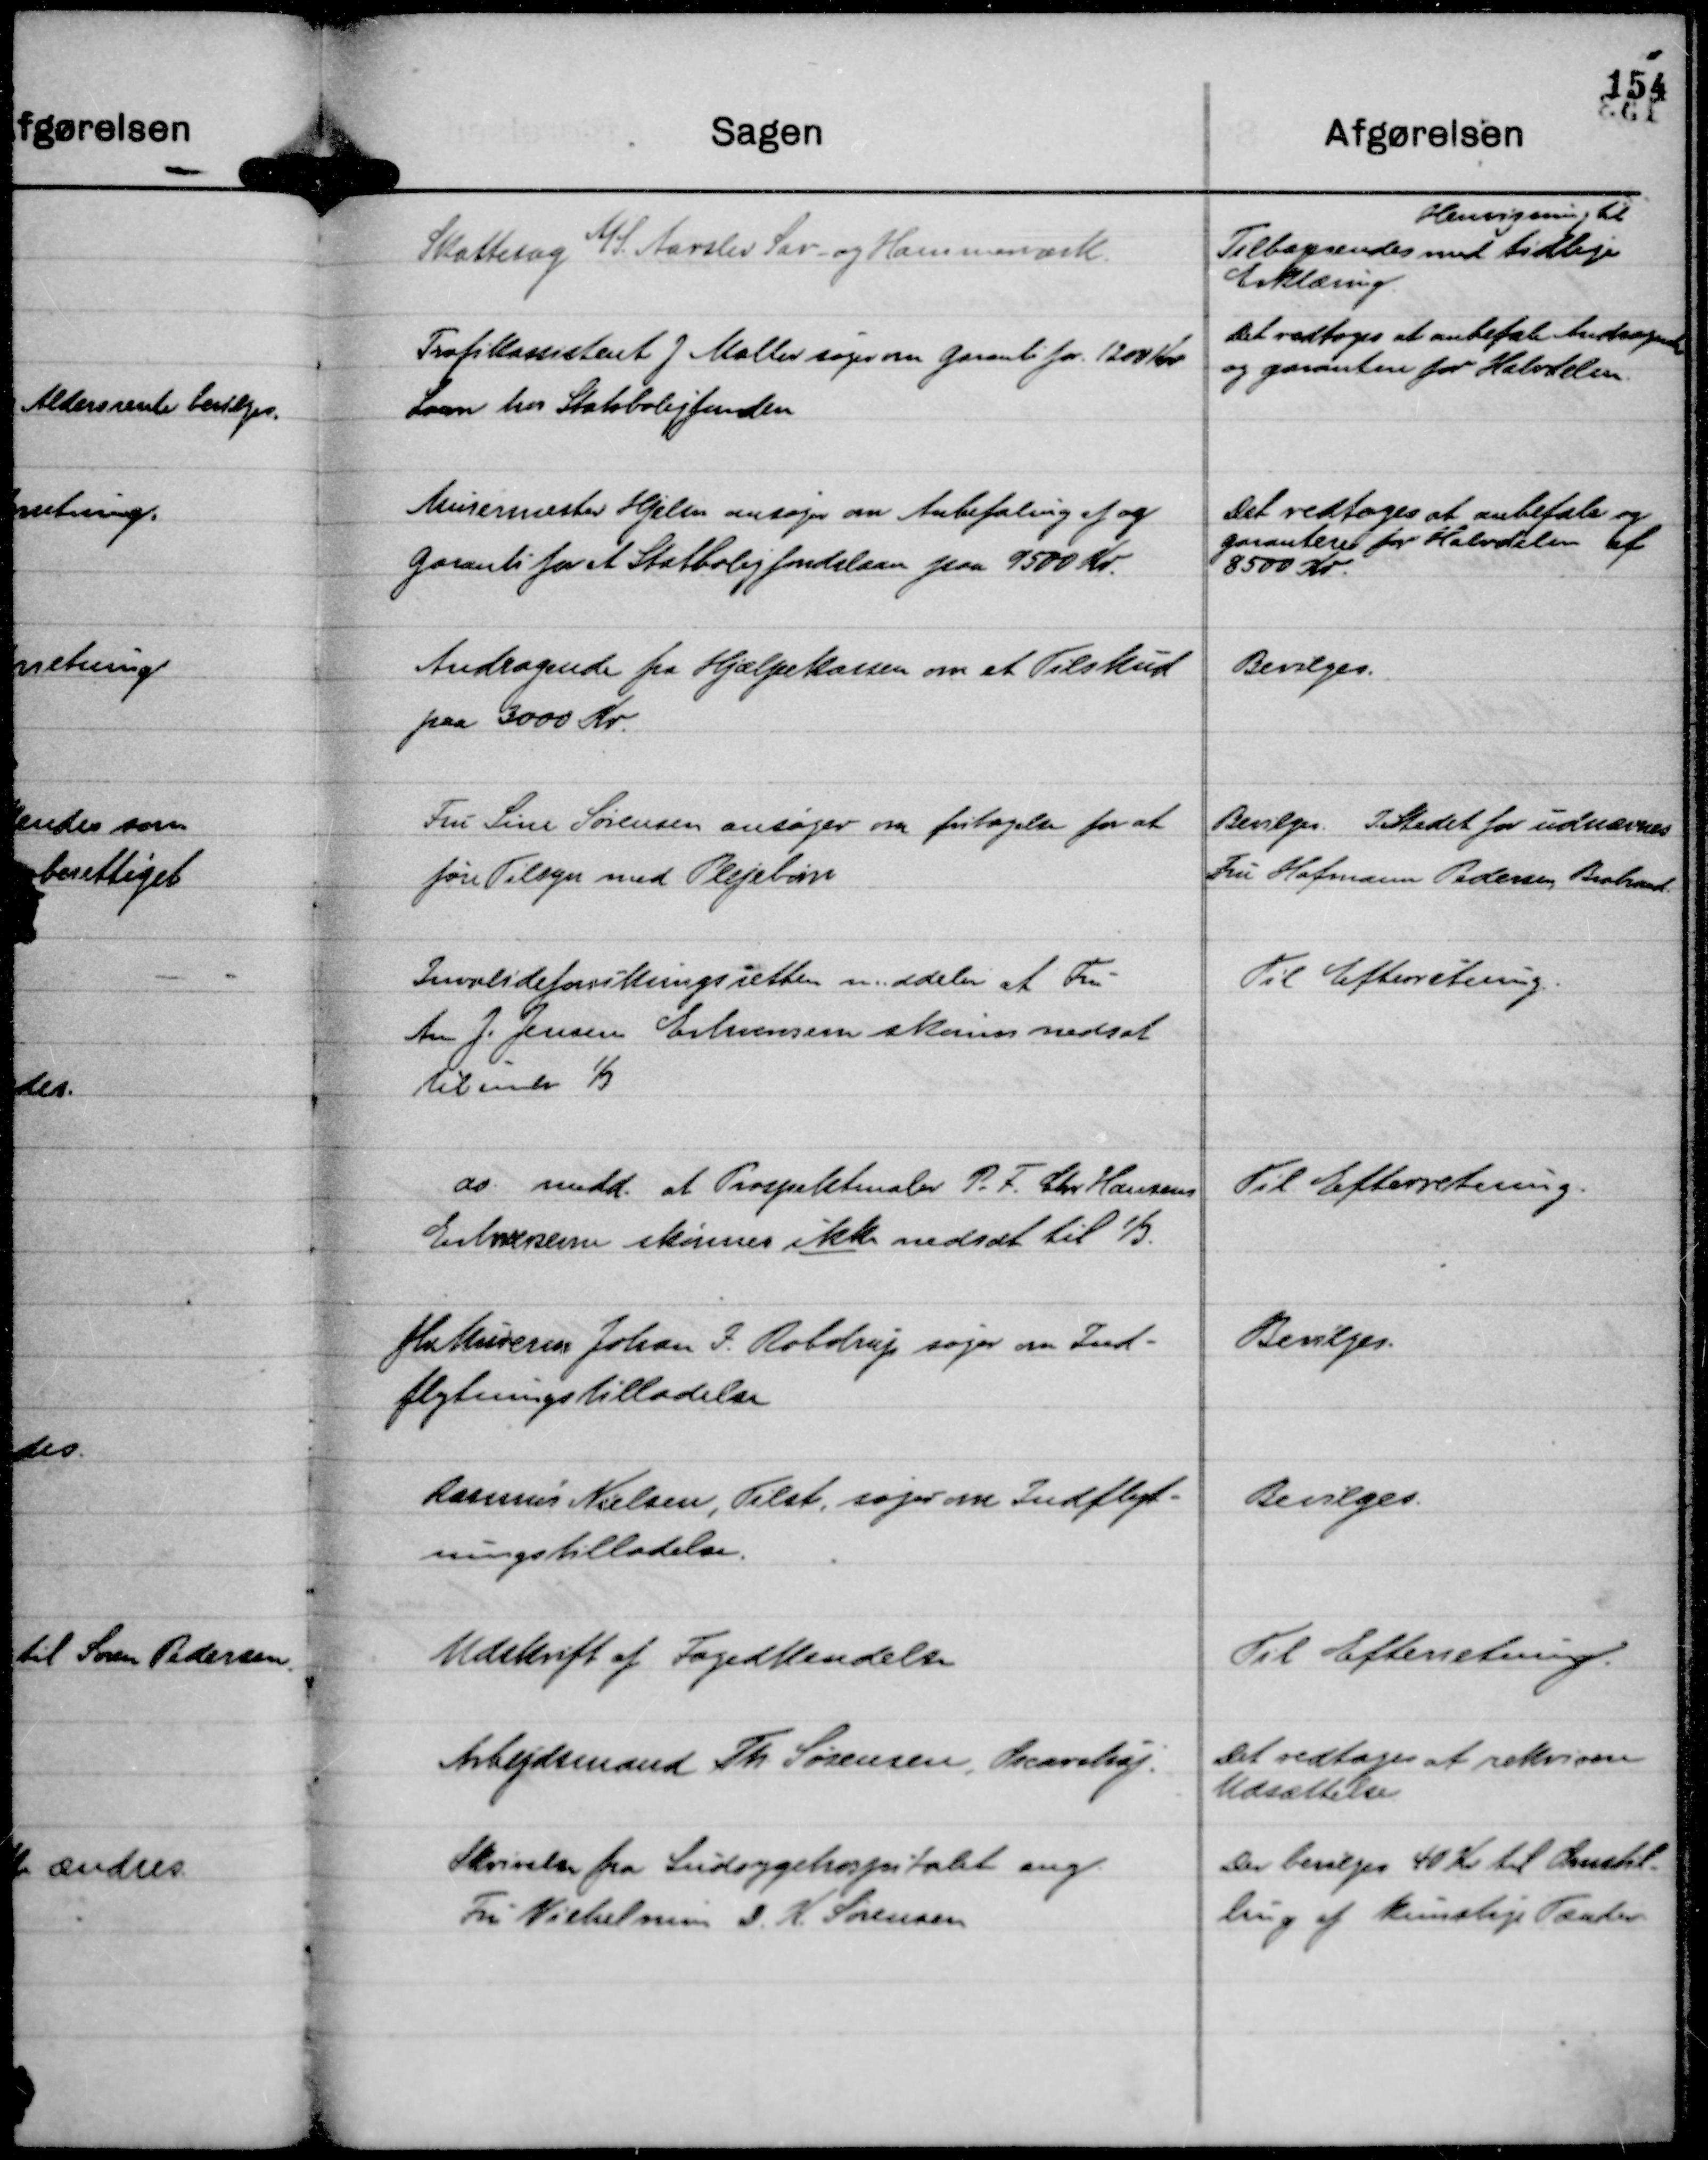
Transskription:
Skattesag A/S Aarslev Sav- og Hammerværk.

Tilbagesendes med
Henvisning til
tidlige
Erklæring

Trafikassistent J Møller søger om Garanti for . 1200 Kr
Laan hos Statsboligfonden

Det vedtoges at anbefale Andragende
og garantere for Halvdelen.

Murermester Hjelm ansøger om Anbefaling af og
Garanti for et Statsboligfondslaan paa 9500 Kr.

Det vedtoges at anbefale og
garantere for Halvdelen af
8500 Kr.

Andragende fra Hjælpekassen om et Tilskud
paa 3000 Kr.

Bevilges.

Fru Sine Sørensen ansøger om fritagelse for at
føre Tilsyn med Plejebørn

Bevilges. I. Stedet for udnævnes
Fru Hofmann Pedersen, Brabrand

Invalideforsikringsretten meddeler at Fru
Ane J. Jensen Erhvervsevne skønnes nedsat
til under ⅓

Til Efterretning.

do medd. at Prospektmaler P. F. Chr Hansens
Erhvervsevne skønnes ikke nedsat til ⅓.

Til Efterretning.

fhv Murerm Johan I. Robdrup søger om Ind-
flytningstilladelse

Bevilges.

Rasmus Nielsen, Tilst søger om Indflyt-
ningstilladelse.

Bevilges.

Udskrift af Fogedkendelse

Til Efterretning.

Arbejdsmand Th. Sørensen, Oscarshøj.

Det vedtages at rekvirere
Udsættelse

Skrivelse fra Sindsygehospitalet ang.
Fru Vilhelmine D. K. Sørensen

Der bevilges 40 Kr til Omstil-
ling af kunstige Tænder.